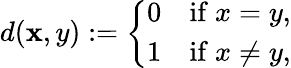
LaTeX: d(\mathbf{x},y):={\left\{ \begin{array}{ll}{0}&{{\mathrm{if~}}x=y,}\\ {1}&{{\mathrm{if~}}x\neq y,}\end{array}\right.}